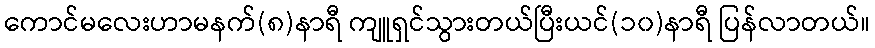
ကောင်မလေးဟာမနက်(၈)နာရီ ကျူရှင်သွားတယ်ပြီးယင်(၁၀)နာရီ ပြန်လာတယ်။